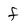
Character: f